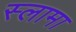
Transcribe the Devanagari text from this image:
स्लामा